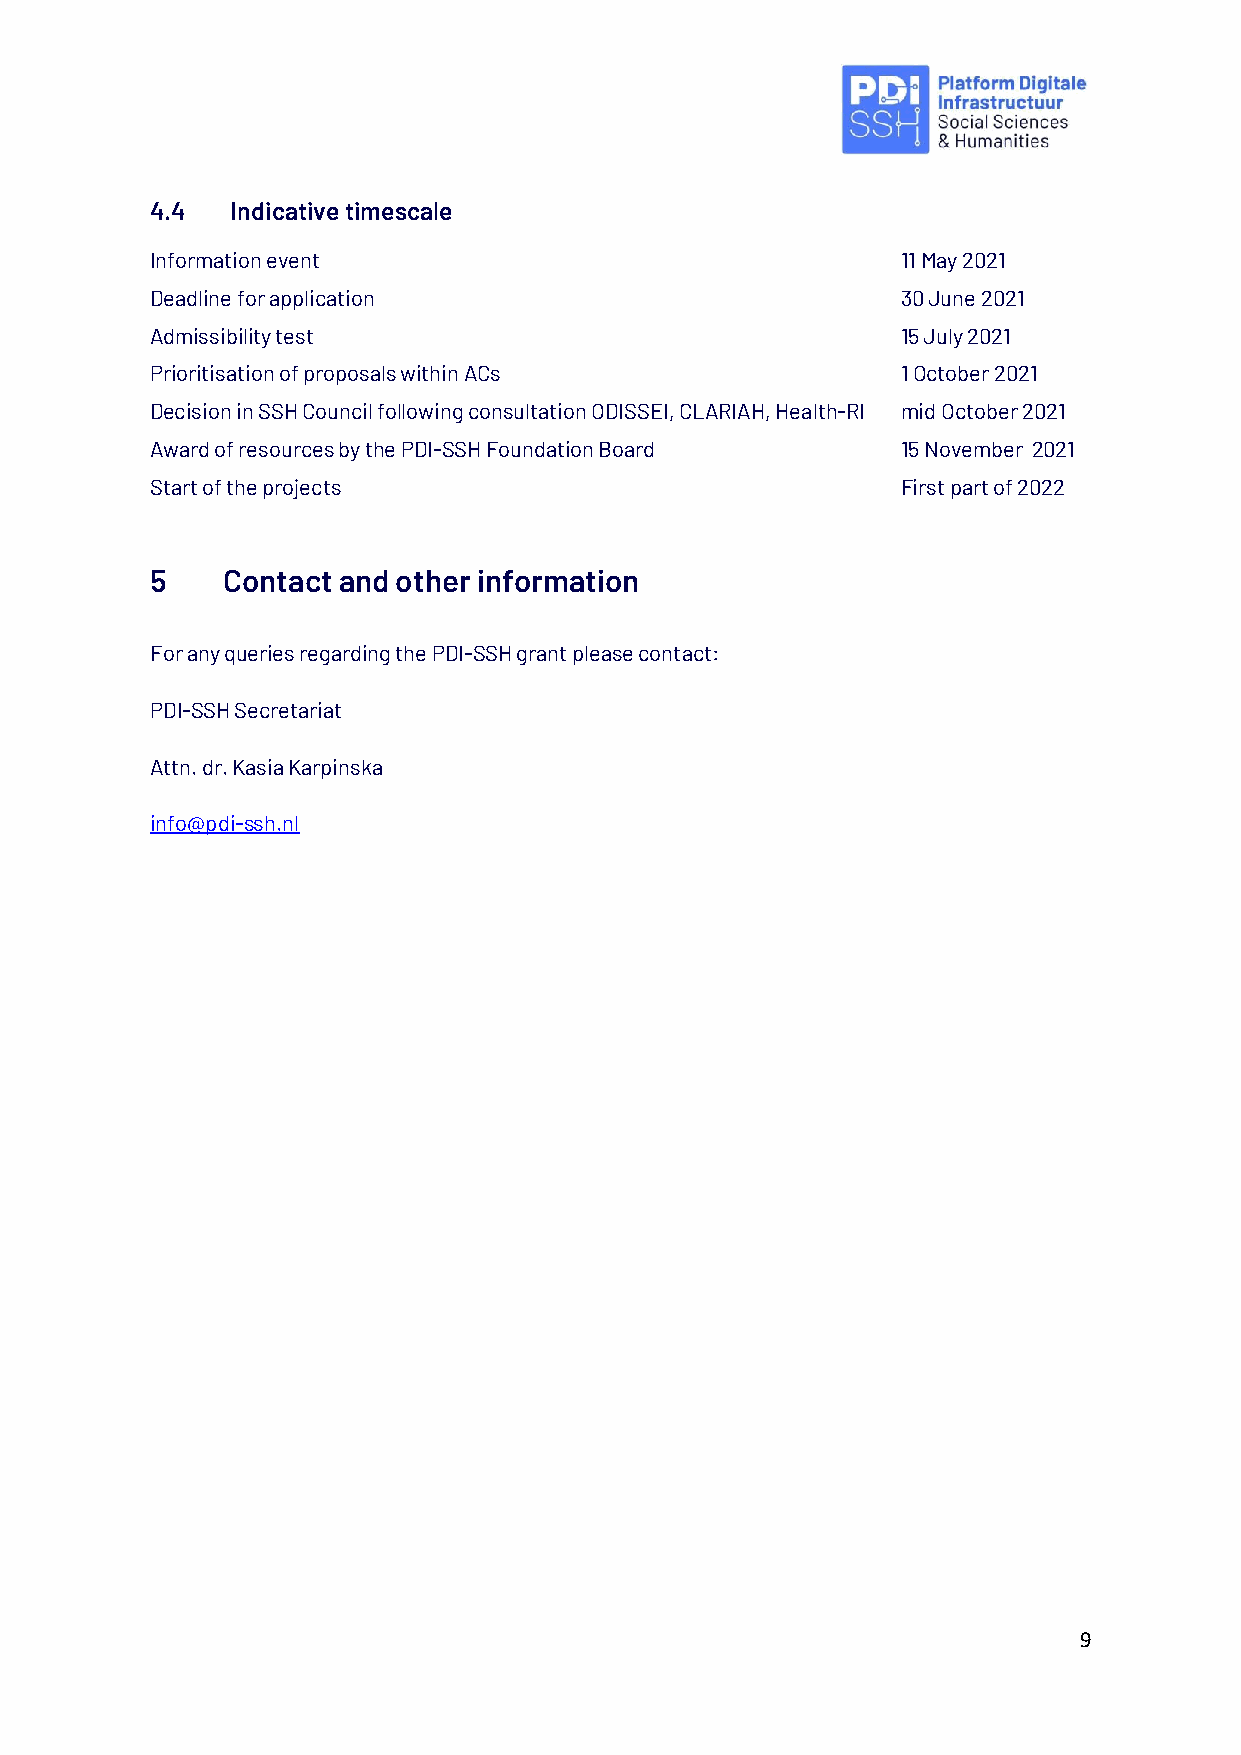
4.4  Indicative timescale
 Information event                                 11 May 2021
 Deadline for application                          30 June 2021
 Admissibility test                                15 July 2021
 Prioritisation of proposals within ACs            1 October 2021
 Decision in SSH Council following consultation ODISSEI, CLARIAH, Health-RI mid October 2021
 Award of resources by the PDI-SSH Foundation Board 15 November 2021
 Start of the projects                             First part of 2022
 5    Contact and other information
 For any queries regarding the PDI-SSH grant please contact:
 PDI-SSH Secretariat
 Attn. dr. Kasia Karpinska
 info@pdi-ssh.nl
 9